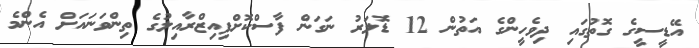
އޭޑީސީގެ ގޮތުގައި ދިވެހީންގެ އަތުން 12 ޑޮލަރު ނަގަން ފާސްކޮށްފިއިޒްރާއިލުގެ ތިންވަނައަށް އެންމެ